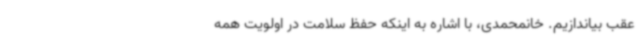
عقب بیاندازیم. خانمحمدی، با اشاره به اینکه حفظ سلامت در اولویت همه